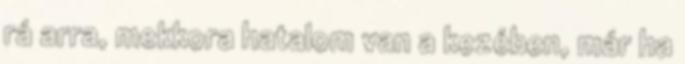
rá arra, mekkora hatalom van a kezében, már ha